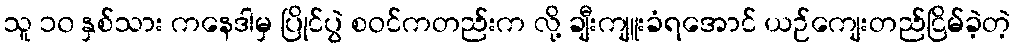
သူ ၁၀ နှစ်သား ကနေဒါမှ ပြိုင်ပွဲ စဝင်ကတည်းက လို့ ချီးကျူးခံရအောင် ယဉ်ကျေးတည်ငြိမ်ခဲ့တဲ့